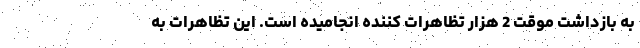
به بازداشت موقت 2 هزار تظاهرات کننده انجامیده است. این تظاهرات به